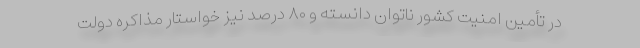
در تأمین امنیت کشور ناتوان دانسته و ۸۰ درصد نیز خواستار مذاکره دولت